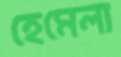
হেমেলা